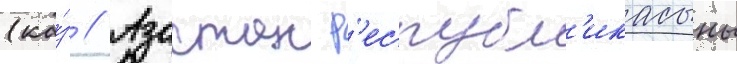
(ка́з // Азастан р'еспубл'икасыны